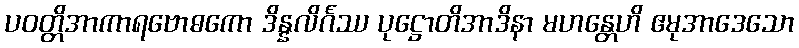
ပဝတ္တိအာကာရဗောဓကော ဒိန္နလိင်္ဂဿ ပုဋ္ဌောတိအာဒိနာ မဟန္တေဟိ ဧမုအာဒေသော